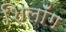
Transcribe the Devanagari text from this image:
शिलॉँग